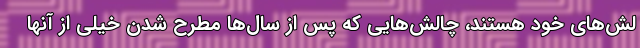
لش‌های خود هستند، چالش‌هایی که پس از سال‌ها مطرح شدن خیلی از آنها